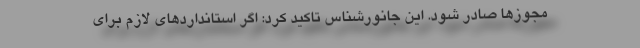
مجوزها صادر شود. این جانورشناس تاکید کرد: اگر استانداردهای لازم برای